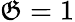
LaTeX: \mathfrak{G}=1